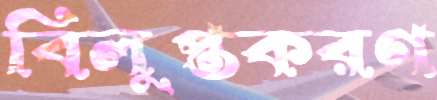
বিলুপ্তকরণ